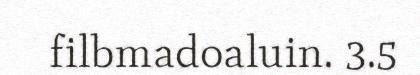
filbmadoaluin. 3.5